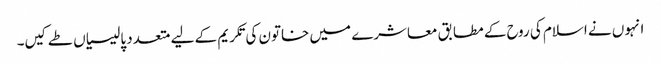
انہوں نے اسلام کی روح کے مطابق معاشرے میں خاتون کی تکریم کے لیے متعدد پالیسیاں طے کیں۔